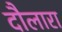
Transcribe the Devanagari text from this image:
दौलारा